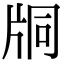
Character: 𤖾